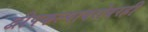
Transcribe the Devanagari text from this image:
द्वीपकल्पाबरोबरही